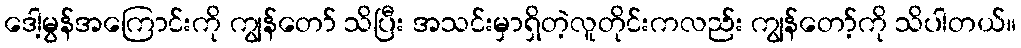
ဒေါ့မွန်အကြောင်းကို ကျွန်တော် သိပြီး အသင်းမှာရှိတဲ့လူတိုင်းကလည်း ကျွန်တော့်ကို သိပါတယ်။